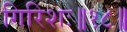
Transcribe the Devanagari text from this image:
गिरिशः॥१८॥